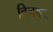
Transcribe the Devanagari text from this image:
विनाशा